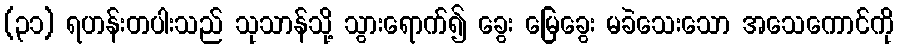
(၃၁) ရဟန်းတပါးသည် သုသာန်သို့ သွားရောက်၍ ခွေး မြေခွေး မခဲသေးသော အသေကောင်ကို